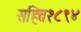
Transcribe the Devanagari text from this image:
सहित१८९४